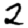
Digit: 2